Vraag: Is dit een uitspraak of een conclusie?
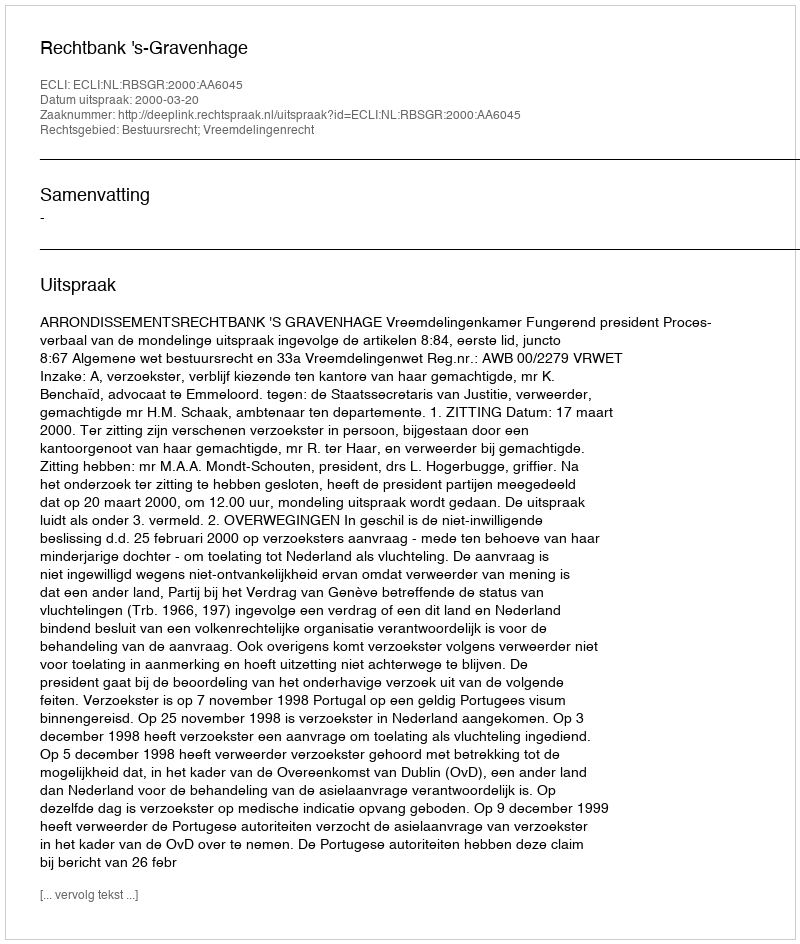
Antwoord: Uitspraak